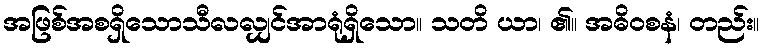
အဖြစ်အစရှိသောသီလလျှင်အာရုံရှိသော။ သတိ ယာ၊ ၏။ အဓိဝစနံ၊ တည်း။